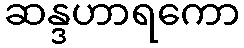
ဆန္ဒဟာရကော